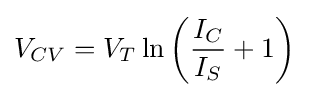
V_{CV}=V_{T}\ln \left({\frac {I_{C}}{I_{S}}}+1\right)